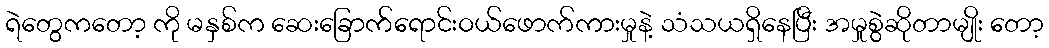
ရဲတွေကတော့ ကို မနှစ်က ဆေးခြောက်ရောင်းဝယ်ဖောက်ကားမှုနဲ့ သံသယရှိနေပြီး အမှုစွဲဆိုတာမျိုး တော့